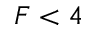
F < 4